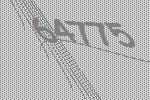
64775